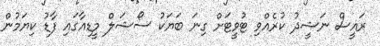
ރައީސް ނަޝީދު ކުރެއްވި ޓުވީޓަށް ގިނަ ބަޔަކު ސޯޝަލް މީޑިއާގައި ފާޑު ކިޔަމުން